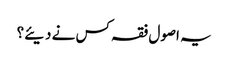
یہ اصول فقہ کس نے دیئے؟